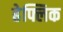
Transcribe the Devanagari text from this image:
हेफ्लिक